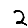
Digit: 2